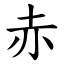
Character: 赤